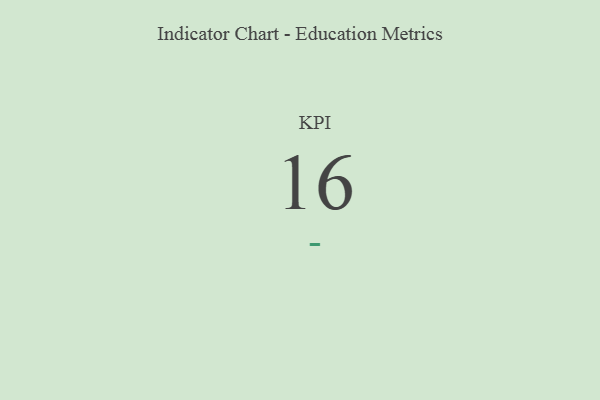
{"axis": {"x": "KPI", "y": "Value"}, "legend": [""], "data": [{"x": "KPI", "y": 16, "type": ""}]}